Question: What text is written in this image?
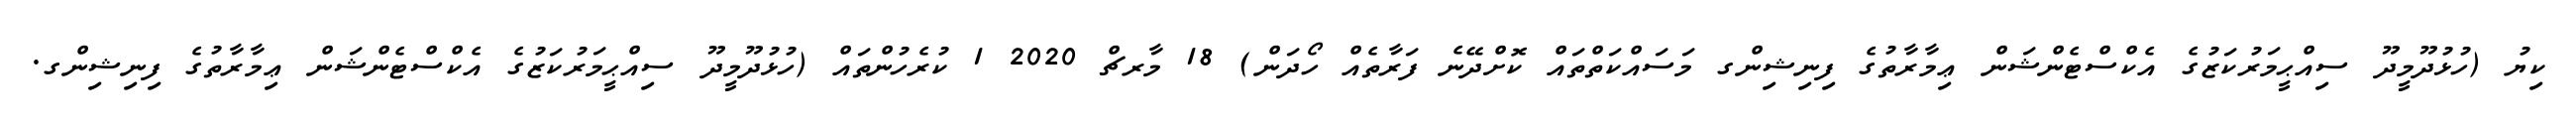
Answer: ކިޔު (ހުޅުދޫމީދޫ ސިއްޙީމަރުކަޒުގެ އެކްސްޓެންޝަން ޢިމާރާތުގެ ފިނިޝިންގ މަސައްކަތްތައް ކޮށްދޭނެ ފަރާތެއް ހޯދަން) 18 މާރޗް 2020 1 ކުރެހުންތައް (ހުޅުދޫމީދޫ ސިއްޙީމަރުކަޒުގެ އެކްސްޓެންޝަން ޢިމާރާތުގެ ފިނިޝިންގ.